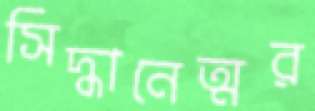
সিদ্ধানেত্মর